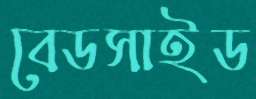
বেডসাইড